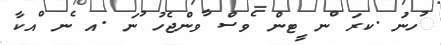
ުހނުަ .ކރަ ްނ ީޓން ެވސް ާވންޖެހު ުނަ .އ ެނ ްއކާ